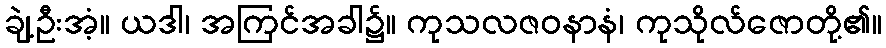
ချဲ့ဦးအံ့။ ယဒါ၊ အကြင်အခါ၌။ ကုသလဇဝနာနံ၊ ကုသိုလ်ဇောတို့၏။